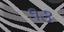
૧૩